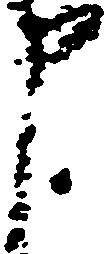
申